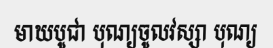
មាឃបូជា បុណ្យចូលវស្សា បុណ្យ